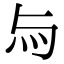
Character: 𤆛